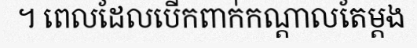
។ ពេលដែលបើកពាក់កណ្តាលតែម្តង